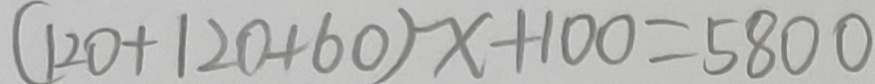
( 1 2 0 + 1 2 0 + 6 0 ) x + 1 0 0 = 5 8 0 0